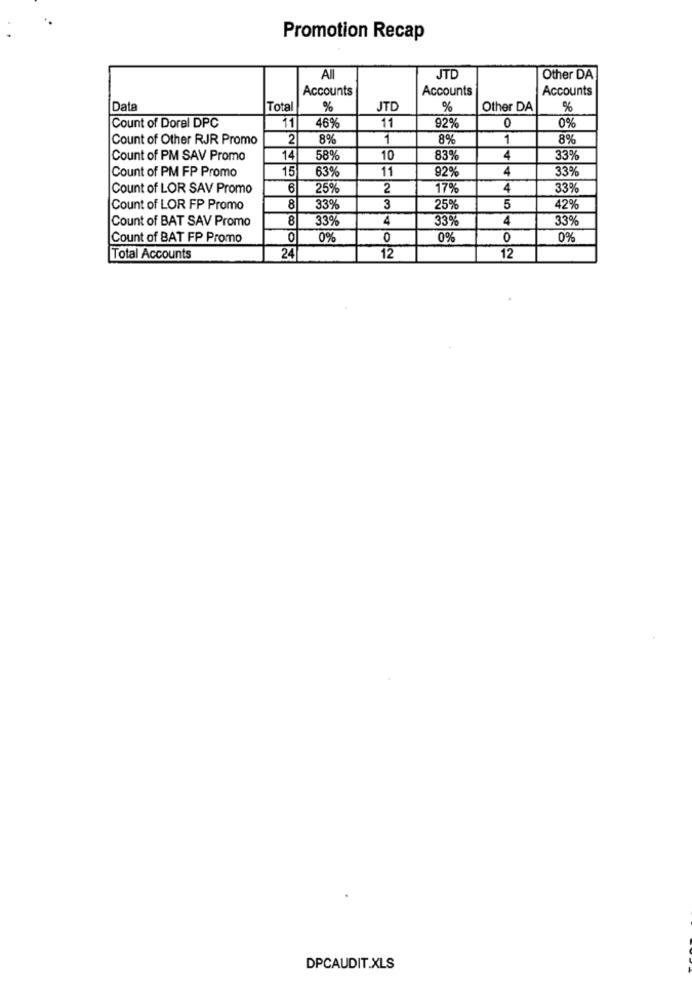
Promotion Recap
All
JTD
Other DA
Accounts
Accounts
Accounts
[Date
Total
%
JTD
%
Other DA
%
11
0%
Count of Doral DPC
46%
11
92%
0
Count of Other RJR Promo
2
8%
1
8%
1
8%
Count of PM SAV Promo
14
58%
10
83%
4
33%
Count of PM FP Promo
15
63%
11
92%
4
33%
Count of LOR SAV Promo
6
25%
2
17%
4
33%
Count of LOR FP Promo
8
33%
3
25%
5
42%
Count of BAT SAV Promo
8
33%
4
33%
4
33%
Count of BAT FP Promo
0
0%
0
0%
0
0%
Total Accounts
24
12
12
DPCAUDIT.XLS